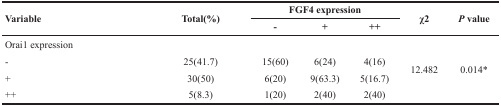
<table><thead><tr><td rowspan="2"><b>Variable</b></td><td rowspan="2"><b>Total(%)</b></td><td colspan="3"><b>FGF4 expression</b></td><td rowspan="2"><b>χ2</b></td><td rowspan="2"><b><i>P</i> value</b></td></tr><tr><td><b>−</b></td><td><b>+</b></td><td><b>++</b></td></tr></thead><tbody><tr><td>Orai1 expression</td><td></td><td></td><td></td><td></td><td rowspan="4">12.482</td><td rowspan="4">0.014*</td></tr><tr><td>-</td><td>25(41.7)</td><td>15(60)</td><td>6(24)</td><td>4(16)</td></tr><tr><td>+</td><td>30(50)</td><td>6(20)</td><td>9(63.3)</td><td>5(16.7)</td></tr><tr><td>++</td><td>5(8.3)</td><td>1(20)</td><td>2(40)</td><td>2(40)</td></tr></tbody></table>